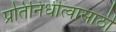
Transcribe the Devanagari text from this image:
प्रतिनिधीत्वासाठी